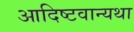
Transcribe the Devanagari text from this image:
आदिष्टवान्यथा